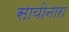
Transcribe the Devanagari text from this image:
सायोनारा